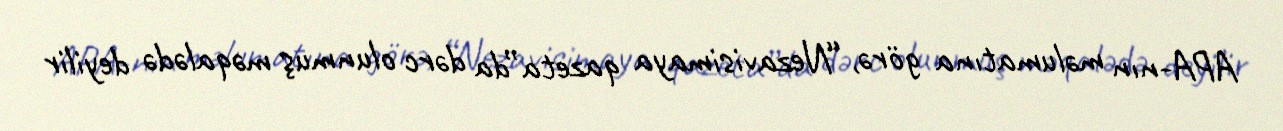
APA-nın məlumatına görə, “Nezavisimaya qazeta”da dərc olunmuş məqalədə deyilir